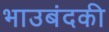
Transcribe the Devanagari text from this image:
भाउबंदकी